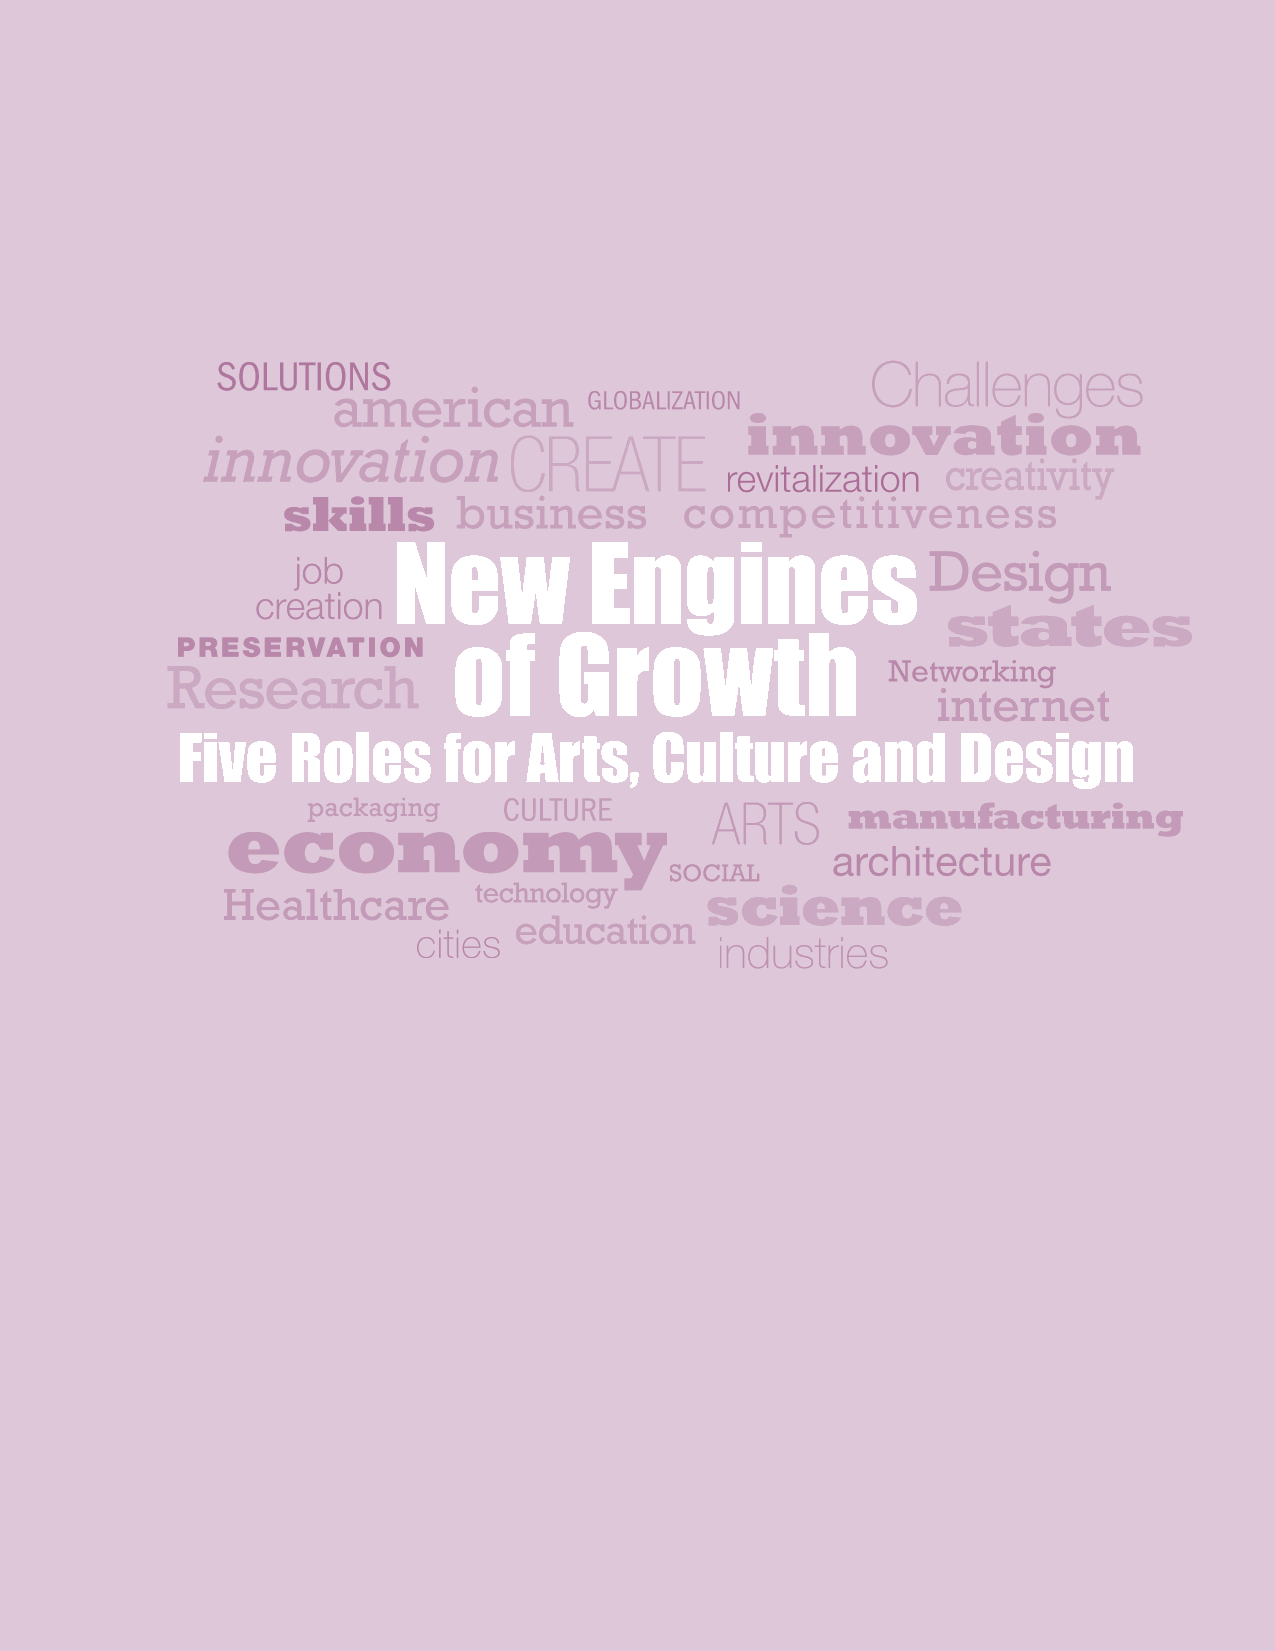
New          Engines
 of     Growth
 Five   Roles     for   Arts,   Culture      and    Design